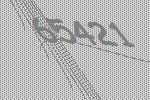
65421